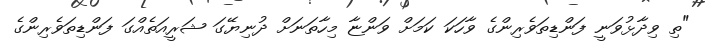
"ތި ވިދާޅުވަނީ ފަންޑިތަވެރިންގެ ވާހަކަ ކަމަށް ވަންޏާ މިހާތަނަށް ދުނިޔޭގަ ޝަރީއަތެއްގަ ފަންޑިތަވެރިންގެ